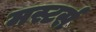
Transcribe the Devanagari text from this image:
मस्टर्स